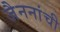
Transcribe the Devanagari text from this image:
जैननांची